Document type: Grant
Year: 1232
Scribe: Berenguer de Clos
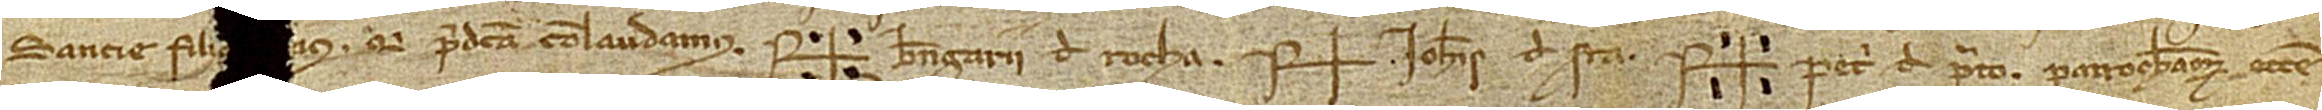
Sancie, fili[e e]ius, qui predicta conlaudamus. Sig+num Berengarii de Rocha, Sig+num Iohannis de Serra, Sig+num Petri de Prato, parrochianum ecclesie